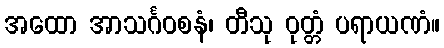
အထော အာသင်္ဂဝစနံ၊ တီသု ဝုတ္တံ ပရာယဏံ။